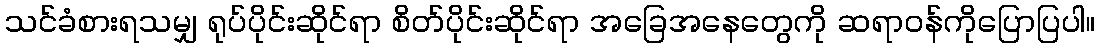
သင်ခံစားရသမျှ ရုပ်ပိုင်းဆိုင်ရာ စိတ်ပိုင်းဆိုင်ရာ အခြေအနေတွေကို ဆရာဝန်ကိုပြောပြပါ။